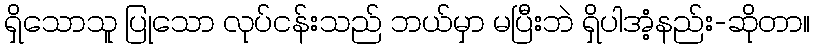
ရှိသောသူ ပြုသော လုပ်ငန်းသည် ဘယ်မှာ မပြီးဘဲ ရှိပါအံ့နည်း-ဆိုတာ။